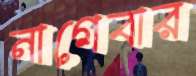
নাগেবার